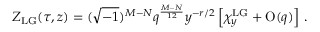
Z _ { \mathrm { L G } } ( \tau , z ) = ( \sqrt { - 1 } ) ^ { M - N } q ^ { \frac { M - N } { 1 2 } } y ^ { - r / 2 } \left[ \chi _ { y } ^ { \mathrm { L G } } + \mathrm { O } ( q ) \right] \, .